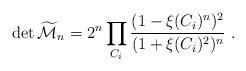
LaTeX: \begin{align*}\det {\widetilde{\cal M}_n} = 2^n\prod_{C_i}{(1 - \xi(C_i)^n)^2 \over(1+\xi(C_i)^2)^n}~.\end{align*}